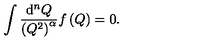
\int \frac { \mathrm { d } ^ { n } Q } { \left( Q ^ { 2 } \right) ^ { \alpha } } f \left( Q \right) = 0 .